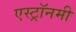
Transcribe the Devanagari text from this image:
एस्‍ट्रॉनमी